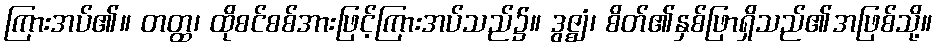
ကြားအပ်၏။ တတ္ထ၊ ထိုစင်စစ်အားဖြင့်ကြားအပ်သည်၌။ ဒွဇ္ဈံ၊ စိတ်၏နှစ်ဖြာရှိသည်၏အဖြစ်သို့။